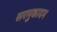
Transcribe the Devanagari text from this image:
सरमुकादम